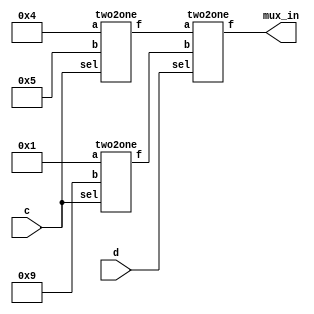
//multiplexer


module top_module (
    input c,
    input d,
    output [3:0] mux_in
); 
    wire [3:0]t1, t2;


    two2one to1(4'b0100, 4'b0101, c, t1);
    two2one to2(4'b0001, 4'b1001, c, t2);
    two2one to3(t1, t2, d, mux_in);

endmodule


module two2one(
    input [3:0]a, b, 
    input sel,
    output [3:0]f
);
    assign f = sel ? b : a;
endmodule